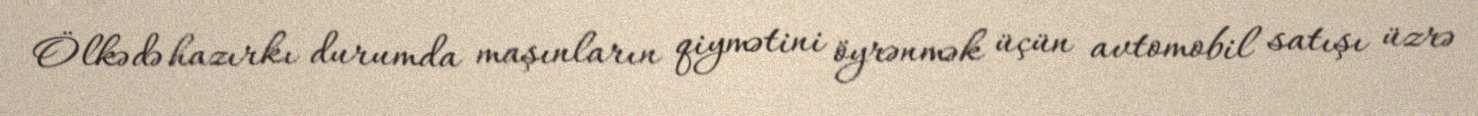
Ölkədə hazırkı durumda maşınların qiymətini öyrənmək üçün avtomobil satışı üzrə